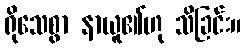
ရိုသေစွာ နာယူ၏ဟု သိခြင်း။